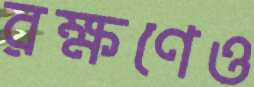
রক্ষণেও